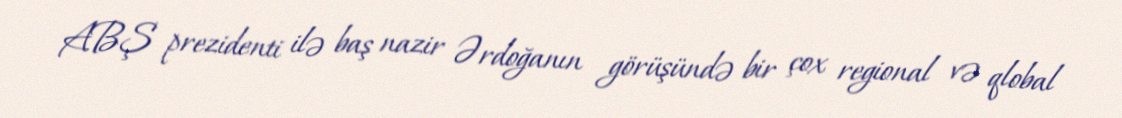
ABŞ prezidenti ilə baş nazir Ərdoğanın görüşündə bir çox regional və qlobal